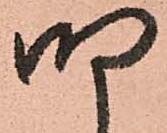
明